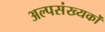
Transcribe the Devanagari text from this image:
अल्पसंख्यकोँ